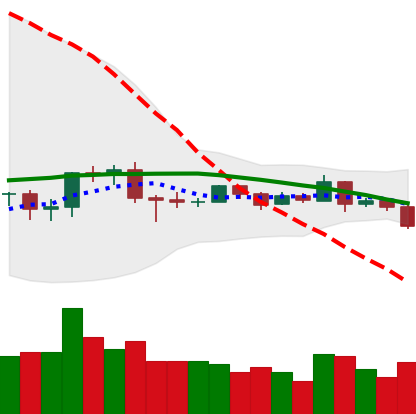
Ticker: EOS-USD
Chart end date: 2019-08-09
Forward return: -6.18%
Label: down_5_7